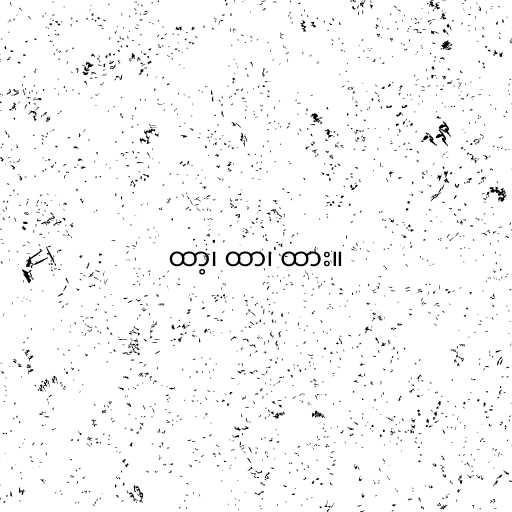
ထာ့၊ ထာ၊ ထား။